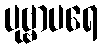
ပုဗ္ဗာပရေ